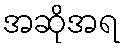
အဆိုအရ